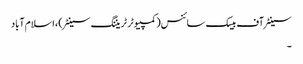
سینٹر آف بیسک سائنس(کمپیوٹر ٹریننگ سینٹر) ، اسلام آباد
۔